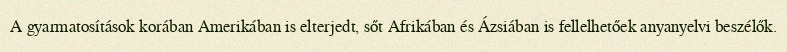
A gyarmatosítások korában Amerikában is elterjedt, sőt Afrikában és Ázsiában is fellelhetőek anyanyelvi beszélők.